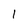
Character: 1